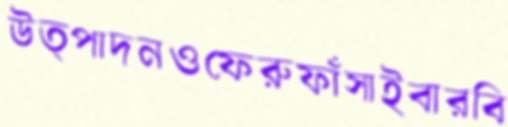
উত্পাদনওফেরুফাঁসাইবারবি